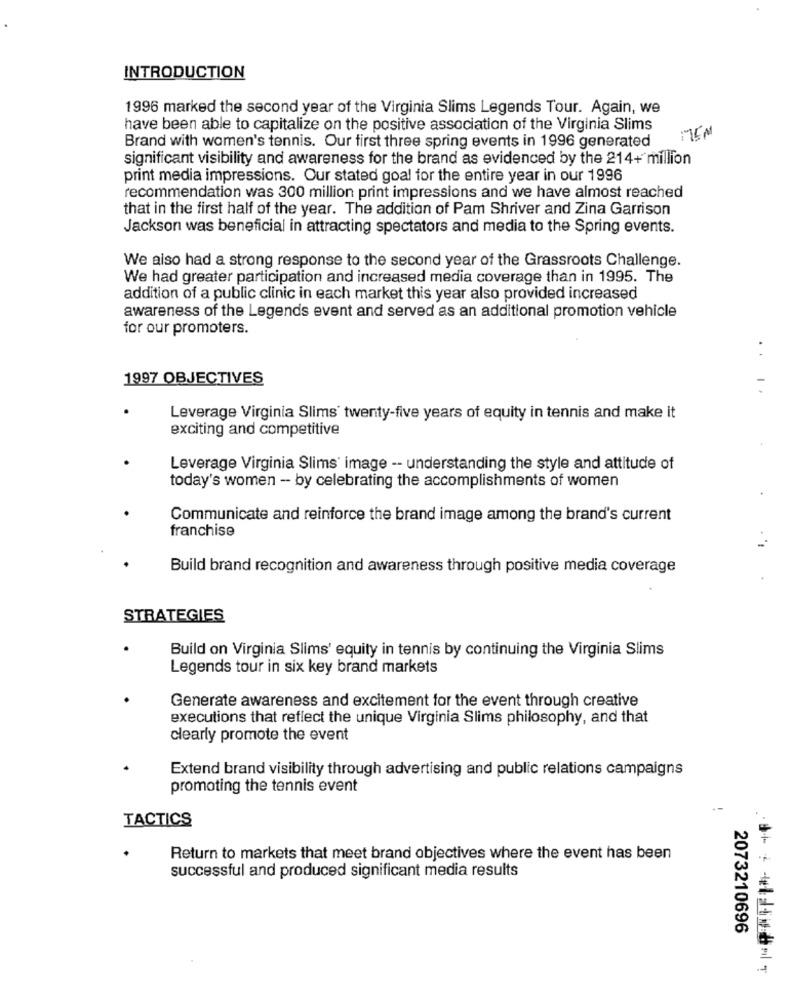
INTRODUCTION
1996 marked the second year of the Virginia Slims Legends Tour. Again, we
have been able to capitalize on the positive association of the Virginia Slims
MEM
Brand with women's tennis. Our first three spring events in 1996 generated
significant visibility and awareness for the brand as evidenced by the 214+ million
print media impressions. Our stated goal for the entire year in our 1996
recommendation was 300 million print impressions and we have almost reached
that in the first half of the year. The addition of Pam Shriver and Zina Garrison
Jackson was beneficial in attracting spectators and media to the Spring events.
We also had a strong response to the second year of the Grassroots Challenge.
We had greater participation and increased media coverage than in 1995. The
addition of a public clinic in each market this year also provided increased
awareness of the Legends event and served as an additional promotion vehicle
for our promoters.
1997 OBJECTIVES
Leverage Virginia Slims' twenty-five years of equity in tennis and make it
exciting and competitive
Leverage Virginia Slims' image -- understanding the style and attitude of
today's women - by celebrating the accomplishments of women
Communicate and reinforce the brand image among the brand's current
franchise
Build brand recognition and awareness through positive media coverage
STRATEGIES
Build on Virginia Slims' equity in tennis by continuing the Virginia Slims
Legends tour in six key brand markets
Generate awareness and excitement for the event through creative
executions that reflect the unique Virginia Slims philosophy, and that
clearly promote the event
Extend brand visibility through advertising and public relations campaigns
promoting the tennis event
TACTICS
Return to markets that meet brand objectives where the event has been
successful and produced significant media results
2073210696